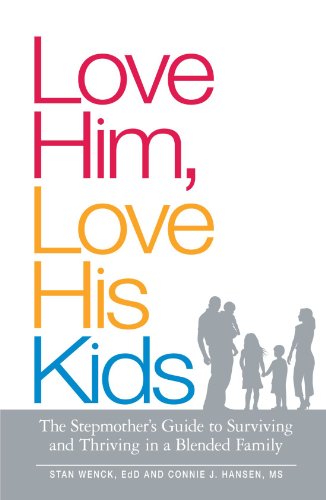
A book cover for Love Him, Love His Kids: The Stepmother's Guide to Surviving and Thriving in a Blended Family; Stan Wenck; Parenting & Relationships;